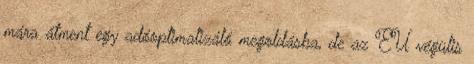
mára átment egy adóoptimalizáló megoldásba, de az EU végülis